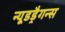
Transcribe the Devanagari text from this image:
न्यूडड्रैगन्स